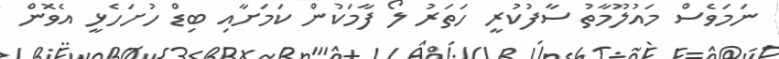
ނަމަވެސް މައުލޫމާތު ސާފުކުރީ ހަތަރު ލޯ ފާމަކުން ކަމަށާއި ބިޑް ހުށަހެޅީ އެވޮން